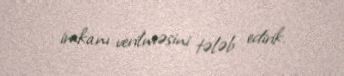
imkanı verilməsini tələb edirik.